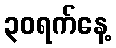
၃၀ရက်နေ့